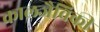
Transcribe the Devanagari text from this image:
कालजैविकी